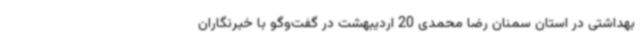
بهداشتی در استان سمنان رضا محمدی 20 اردیبهشت در گفت‌وگو با خبرنگاران